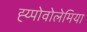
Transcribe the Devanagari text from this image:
ह्य्पोवोलेमिया